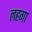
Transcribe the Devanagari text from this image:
लहगा